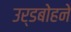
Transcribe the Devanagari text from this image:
उर्डबोहने